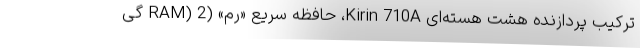
ترکیب پردازنده هشت هسته‌ای Kirin 710A، حافظه سریع «رم» (RAM) 2 گی